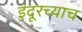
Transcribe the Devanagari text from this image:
इंदूरच्याच